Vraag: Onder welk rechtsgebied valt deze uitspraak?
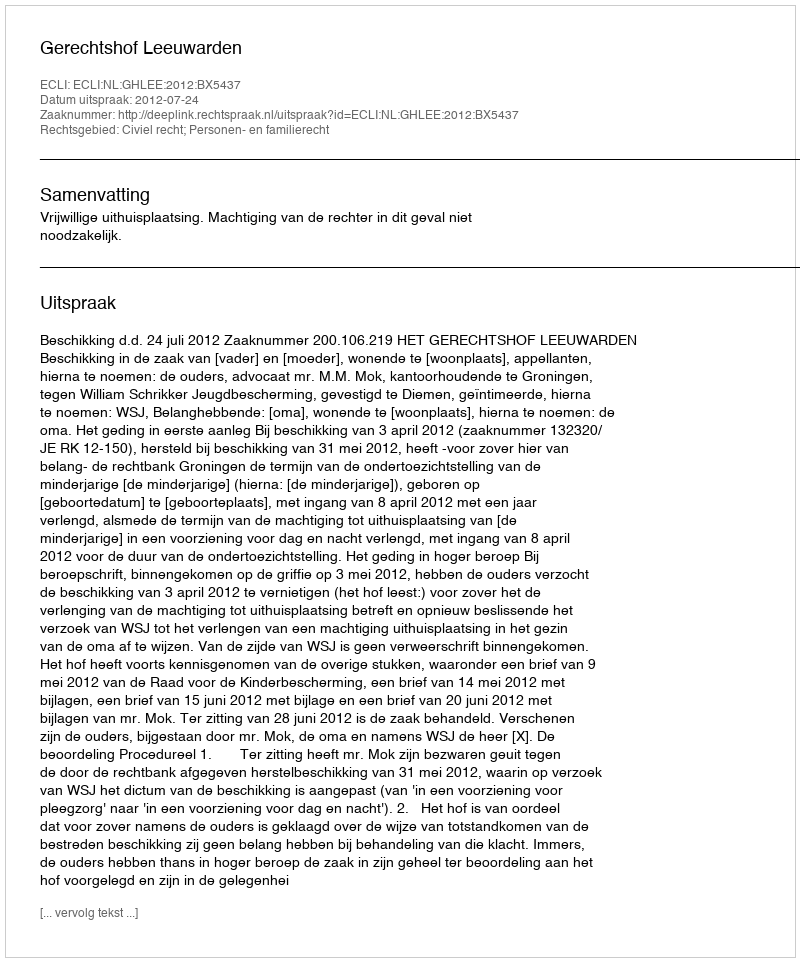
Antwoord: Civiel recht; Personen- en familierecht